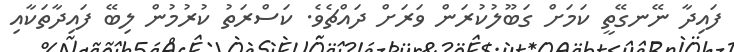
ފައިދާ ނޭނގޭތީ ކަމަށް ގަބޫލުކުރަން ވަރަށް ދައްޗެވެ. ކަސްރަތު ކުރުމުން ލިބޭ ފައިދާތަކާއި